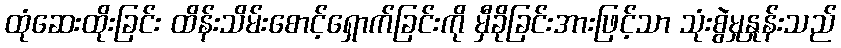
ထုံဆေးထိုးခြင်း ထိန်းသိမ်းစောင့်ရှောက်ခြင်းကို မှီခိုခြင်းအားဖြင့်သာ သုံးစွဲမှုနှုန်းသည်